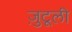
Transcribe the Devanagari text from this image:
ज़ुटूली